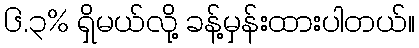
၆.၃% ရှိမယ်လို့ ခန့်မှန်းထားပါတယ်။